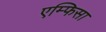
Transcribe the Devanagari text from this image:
एम्फिसा